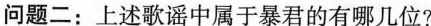
问题二：上述歌谣中属于暴君的有哪几位?